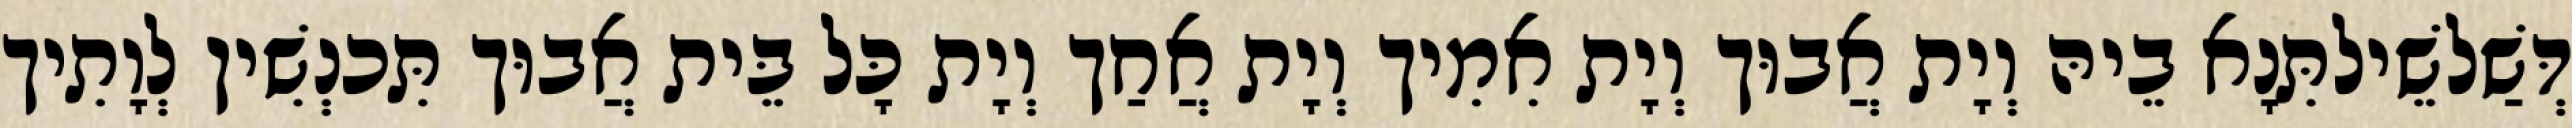
דְּשַׁלשֵׁילתִּנָא בֵיהּ וְיָת אֲבוּך וְיָת אִמִיך וְיָת אֲחַך וְיָת כָּל בֵּית אֲבוּך תִּכנְשִׁין לְוָתִיך